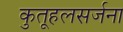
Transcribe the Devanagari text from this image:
कुतूहलसर्जना